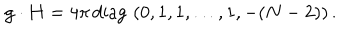
{ \bf g } \cdot { \bf H } = { 4 \pi } \, \mathrm { d i a g } \, \, ( 0 , 1 , 1 , \dots , 1 , - ( N - 2 ) ) \, .